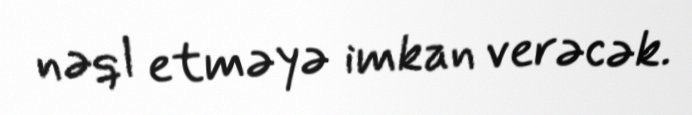
nəql etməyə imkan verəcək.